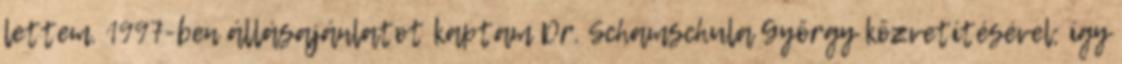
lettem. 1997-ben állásajánlatot kaptam Dr. Schamschula György közvetítésével; így